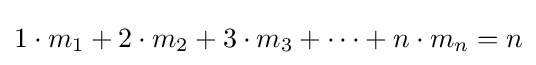
1\cdot m_{1}+2\cdot m_{2}+3\cdot m_{3}+\cdots +n\cdot m_{n}=n